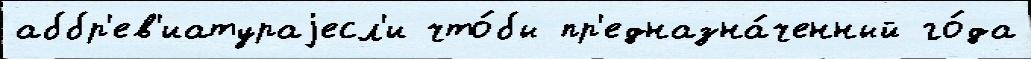
аббр'ев'иатураjесл'и что́бы пр'едназна́ченный го́да